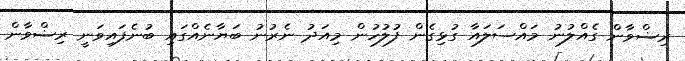
ރިޟްވާން ގެއްލުނު މައްސަލައާ ގުޅިގެން ފުލުހުން މިއަދު ނެރުނު ބަޔާނެއްގައި ބުނެފައިވަނީ ރިޟްވާން